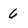
Character: 6